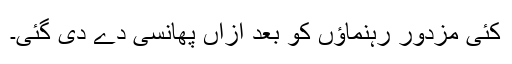
کئی مزدور رہنماؤں کو بعد ازاں پھانسی دے دی گئی۔